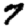
Digit: 7